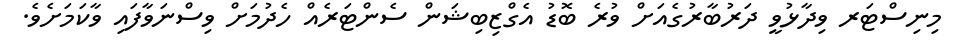
މިނިސްޓަރ ވިދާޅުވީ ދަރުބާރުގެއަށް ވުރެ ބޮޑު އެގްޒިބިޝަން ސެންޓަރެއް ހެދުމަށް ވިސްނަވާފައި ވާކަމަށެވެ.